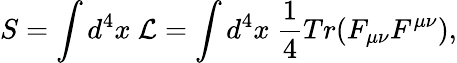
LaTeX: S=\int d^{4}x\ {\cal L}=\int d^{4}x\ {\frac{1}{4}}Tr(F_{\mu\nu}F^{\mu\nu}),